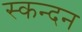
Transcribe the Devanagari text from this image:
स्कन्दन